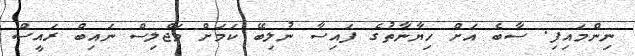
ނިންމައިފި. ސާބެ އަށް ހިޔާނާތުގެ ފައިސާ ނުލިބޭ ކަމަށް މަޖްލިސް ނައިބް ރައީސް